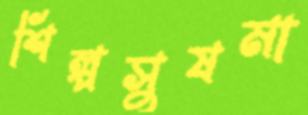
শিল্পসুষমা